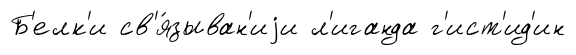
Б'елк'и св'я́зыван'иjи л'иганда г'ист'ид'ин